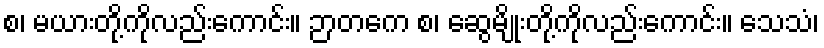
စ၊ မယားတို့ကိုလည်းကောင်း။ ဉာတကေ စ၊ ဆွေမျိုးတို့ကိုလည်းကောင်း။ သေသံ၊